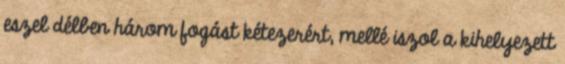
eszel délben három fogást kétezerért, mellé iszol a kihelyezett